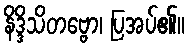
နိဒ္ဒိသိတဗ္ဗော၊ ပြအပ်၏။